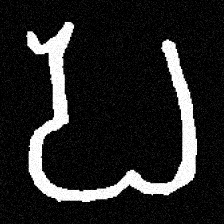
Pyu character \u2014 Myanmar letter: ပ (romanized: pa)